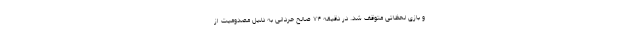
و بازی لحظاتی متوقف شد. در دقیقه ۷۴ صالح حردانی به دلیل مصدومیت از